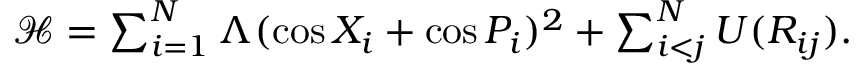
\begin{array} { r } { \mathcal { H } = \sum _ { i = 1 } ^ { N } \Lambda ( \cos X _ { i } + \cos P _ { i } ) ^ { 2 } + \sum _ { i < j } ^ { N } U ( R _ { i j } ) . } \end{array}